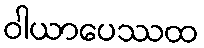
ဝါယာပေဿထ